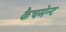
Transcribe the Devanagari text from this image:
कैचमेन्ट